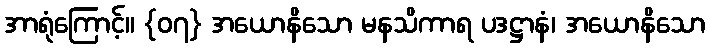
အာရုံကြောင့်။ {၀၇} အယောနိသော မနသိကာရ ပဒဋ္ဌာနံ၊ အယောနိသော